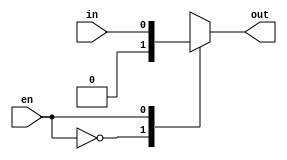
// This program was cloned from: https://github.com/lvyitian/public_personal_files
// License: Creative Commons Zero v1.0 Universal

module TC_Switch(en, in, out);
    parameter UUID = 0;
    parameter NAME = "";
    parameter BIT_WIDTH = 1;
    input en;
    input [BIT_WIDTH-1:0] in;
    output [BIT_WIDTH-1:0] out;
    reg [BIT_WIDTH-1:0] outval;
    
    always @ (en or in) begin
        case(en)
        1'b0 : outval = {BIT_WIDTH{1'b0}};
        1'b1 : outval = in;
        endcase
    end
    assign out = outval;
endmodule